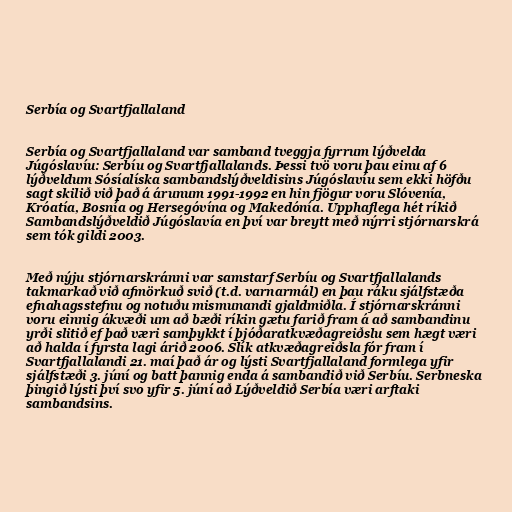
Serbía og Svartfjallaland

Serbía og Svartfjallaland var samband tveggja fyrrum lýðvelda
Júgóslavíu: Serbíu og Svartfjallalands. Þessi tvö voru þau einu af 6
lýðveldum Sósíalíska sambandslýðveldisins Júgóslavíu sem ekki höfðu
sagt skilið við það á árunum 1991-1992 en hin fjögur voru Slóvenía,
Króatía, Bosnía og Hersegóvína og Makedónía. Upphaflega hét ríkið
Sambandslýðveldið Júgóslavía en því var breytt með nýrri stjórnarskrá
sem tók gildi 2003.

Með nýju stjórnarskránni var samstarf Serbíu og Svartfjallalands
takmarkað við afmörkuð svið (t.d. varnarmál) en þau ráku sjálfstæða
efnahagsstefnu og notuðu mismunandi gjaldmiðla. Í stjórnarskránni
voru einnig ákvæði um að bæði ríkin gætu farið fram á að sambandinu
yrði slitið ef það væri samþykkt í þjóðaratkvæðagreiðslu sem hægt væri
að halda í fyrsta lagi árið 2006. Slík atkvæðagreiðsla fór fram í
Svartfjallalandi 21. maí það ár og lýsti Svartfjallaland formlega yfir
sjálfstæði 3. júní og batt þannig enda á sambandið við Serbíu. Serbneska
þingið lýsti því svo yfir 5. júní að Lýðveldið Serbía væri arftaki
sambandsins.